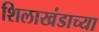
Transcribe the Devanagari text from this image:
शिलाखंडाच्या